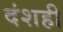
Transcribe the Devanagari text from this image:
दंशही